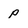
Character: p